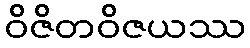
ဝိဇိတဝိဇယဿ